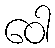
ဝေါ